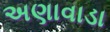
અણાવાડા